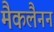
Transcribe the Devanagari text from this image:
मैकलैनन